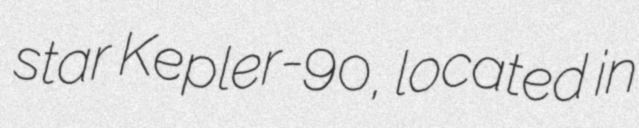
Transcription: star Kepler-90, located in